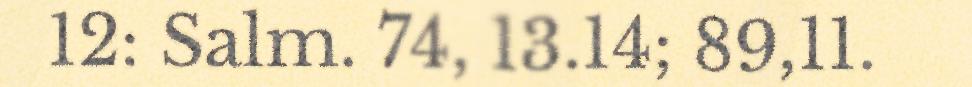
12: Salm. 74, 13.14; 89,11.